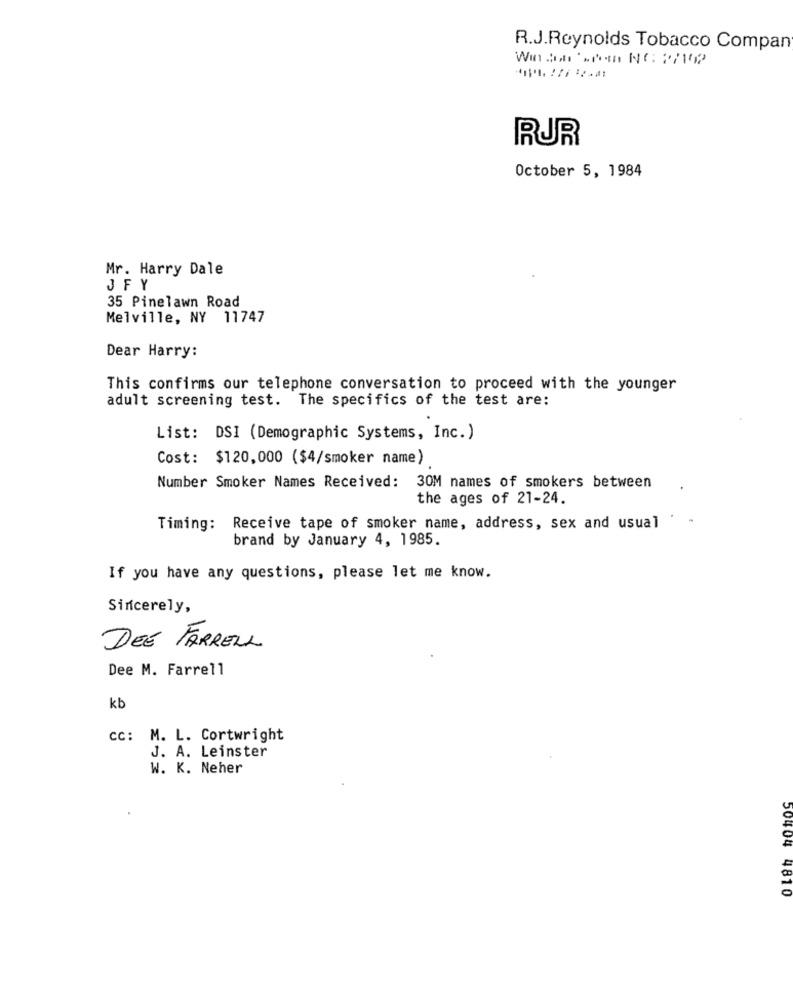
R.J.Reynolds Tobacco Compan
RUR
October 5, 1984
Mr. Harry Dale
JFY
35 Pinelawn Road
Melville, NY 11747
Dear Harry:
This confirms our telephone conversation to proceed with the younger
adult screening test. The specifics of the test are:
List: DSI (Demographic Systems, Inc.)
Cost: $120,000 ($4/smoker name)
Number Smoker Names Received: 30M names of smokers between
the ages of 21-24.
Timing: Receive tape of smoker name, address, sex and usual
brand by January 4, 1985.
If you have any questions, please let me know.
Sincerely,
DEE FARRELL
Dee M. Farrell
kb
cc: M. L. Cortwright
J. A. Leinster
W. K. Neher
50404 4810